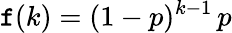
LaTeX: \mathtt{f}(k)=(1-p)^{k-1}\, p